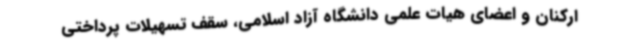
ارکنان و اعضای هیات علمی دانشگاه آزاد اسلامی، سقف تسهیلات پرداختی